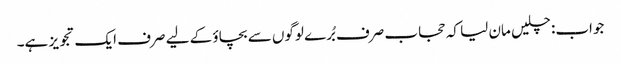
جواب: چلیں مان لیا کہ حجاب صرف بُرے لوگوں سے بچاؤ کے لیے صرف ایک تجویز ہے۔